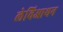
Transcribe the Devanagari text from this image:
लेविआथन